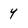
Character: 4